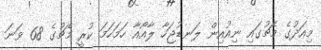
މިއަދުގެ މެޗުގައި ނިއުއިން ލަނޑުޖަހާ ލާއޯއާ ހަމަހަމަ ކުރީ މެޗުގެ 68 ވަނަ